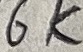
Text: 6K